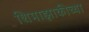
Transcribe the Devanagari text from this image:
शिमाझाकीच्या